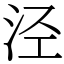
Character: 泾